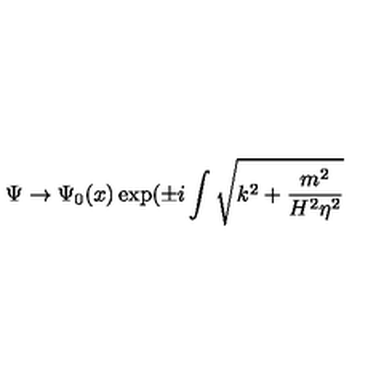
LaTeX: \Psi \rightarrow \Psi _ { 0 } ( x ) \exp ( \pm i \int \sqrt { k ^ { 2 } + \frac { m ^ { 2 } } { H ^ { 2 } \eta ^ { 2 } } }